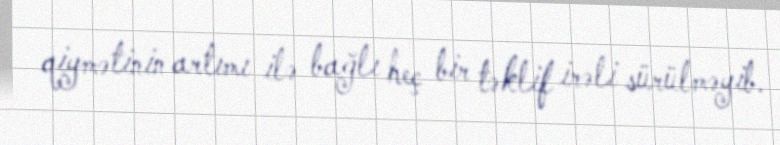
qiymətinin artımı ilə bağlı heç bir təklif irəli sürülməyib.